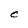
Character: C